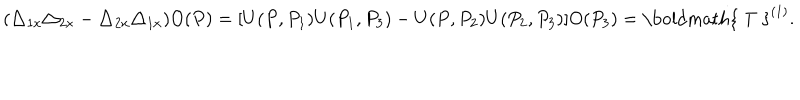
( \triangle _ { 1 x } \triangle _ { 2 x } - \triangle _ { 2 x } \triangle _ { 1 x } ) O ( P ) = [ U ( P , P _ { 1 } ) U ( P _ { 1 } , P _ { 3 } ) - U ( P , P _ { 2 } ) U ( P _ { 2 } , P _ { 3 } ) ] O ( P _ { 3 } ) = \mathrm { \boldmath { ~ T ~ } } ^ { ( 1 ) } .